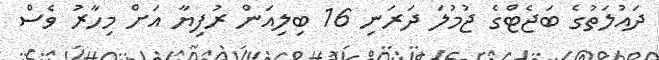
ދައުލަތުގެ ބަޖެޓްގެ ޖުމުލަ ދަރަނި 16 ބިލިއަން ރުފިޔާ އަށް މިހާރު ވެސް